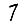
Digit: 7